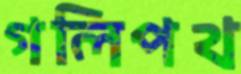
গলিপথ